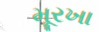
મૂરખા